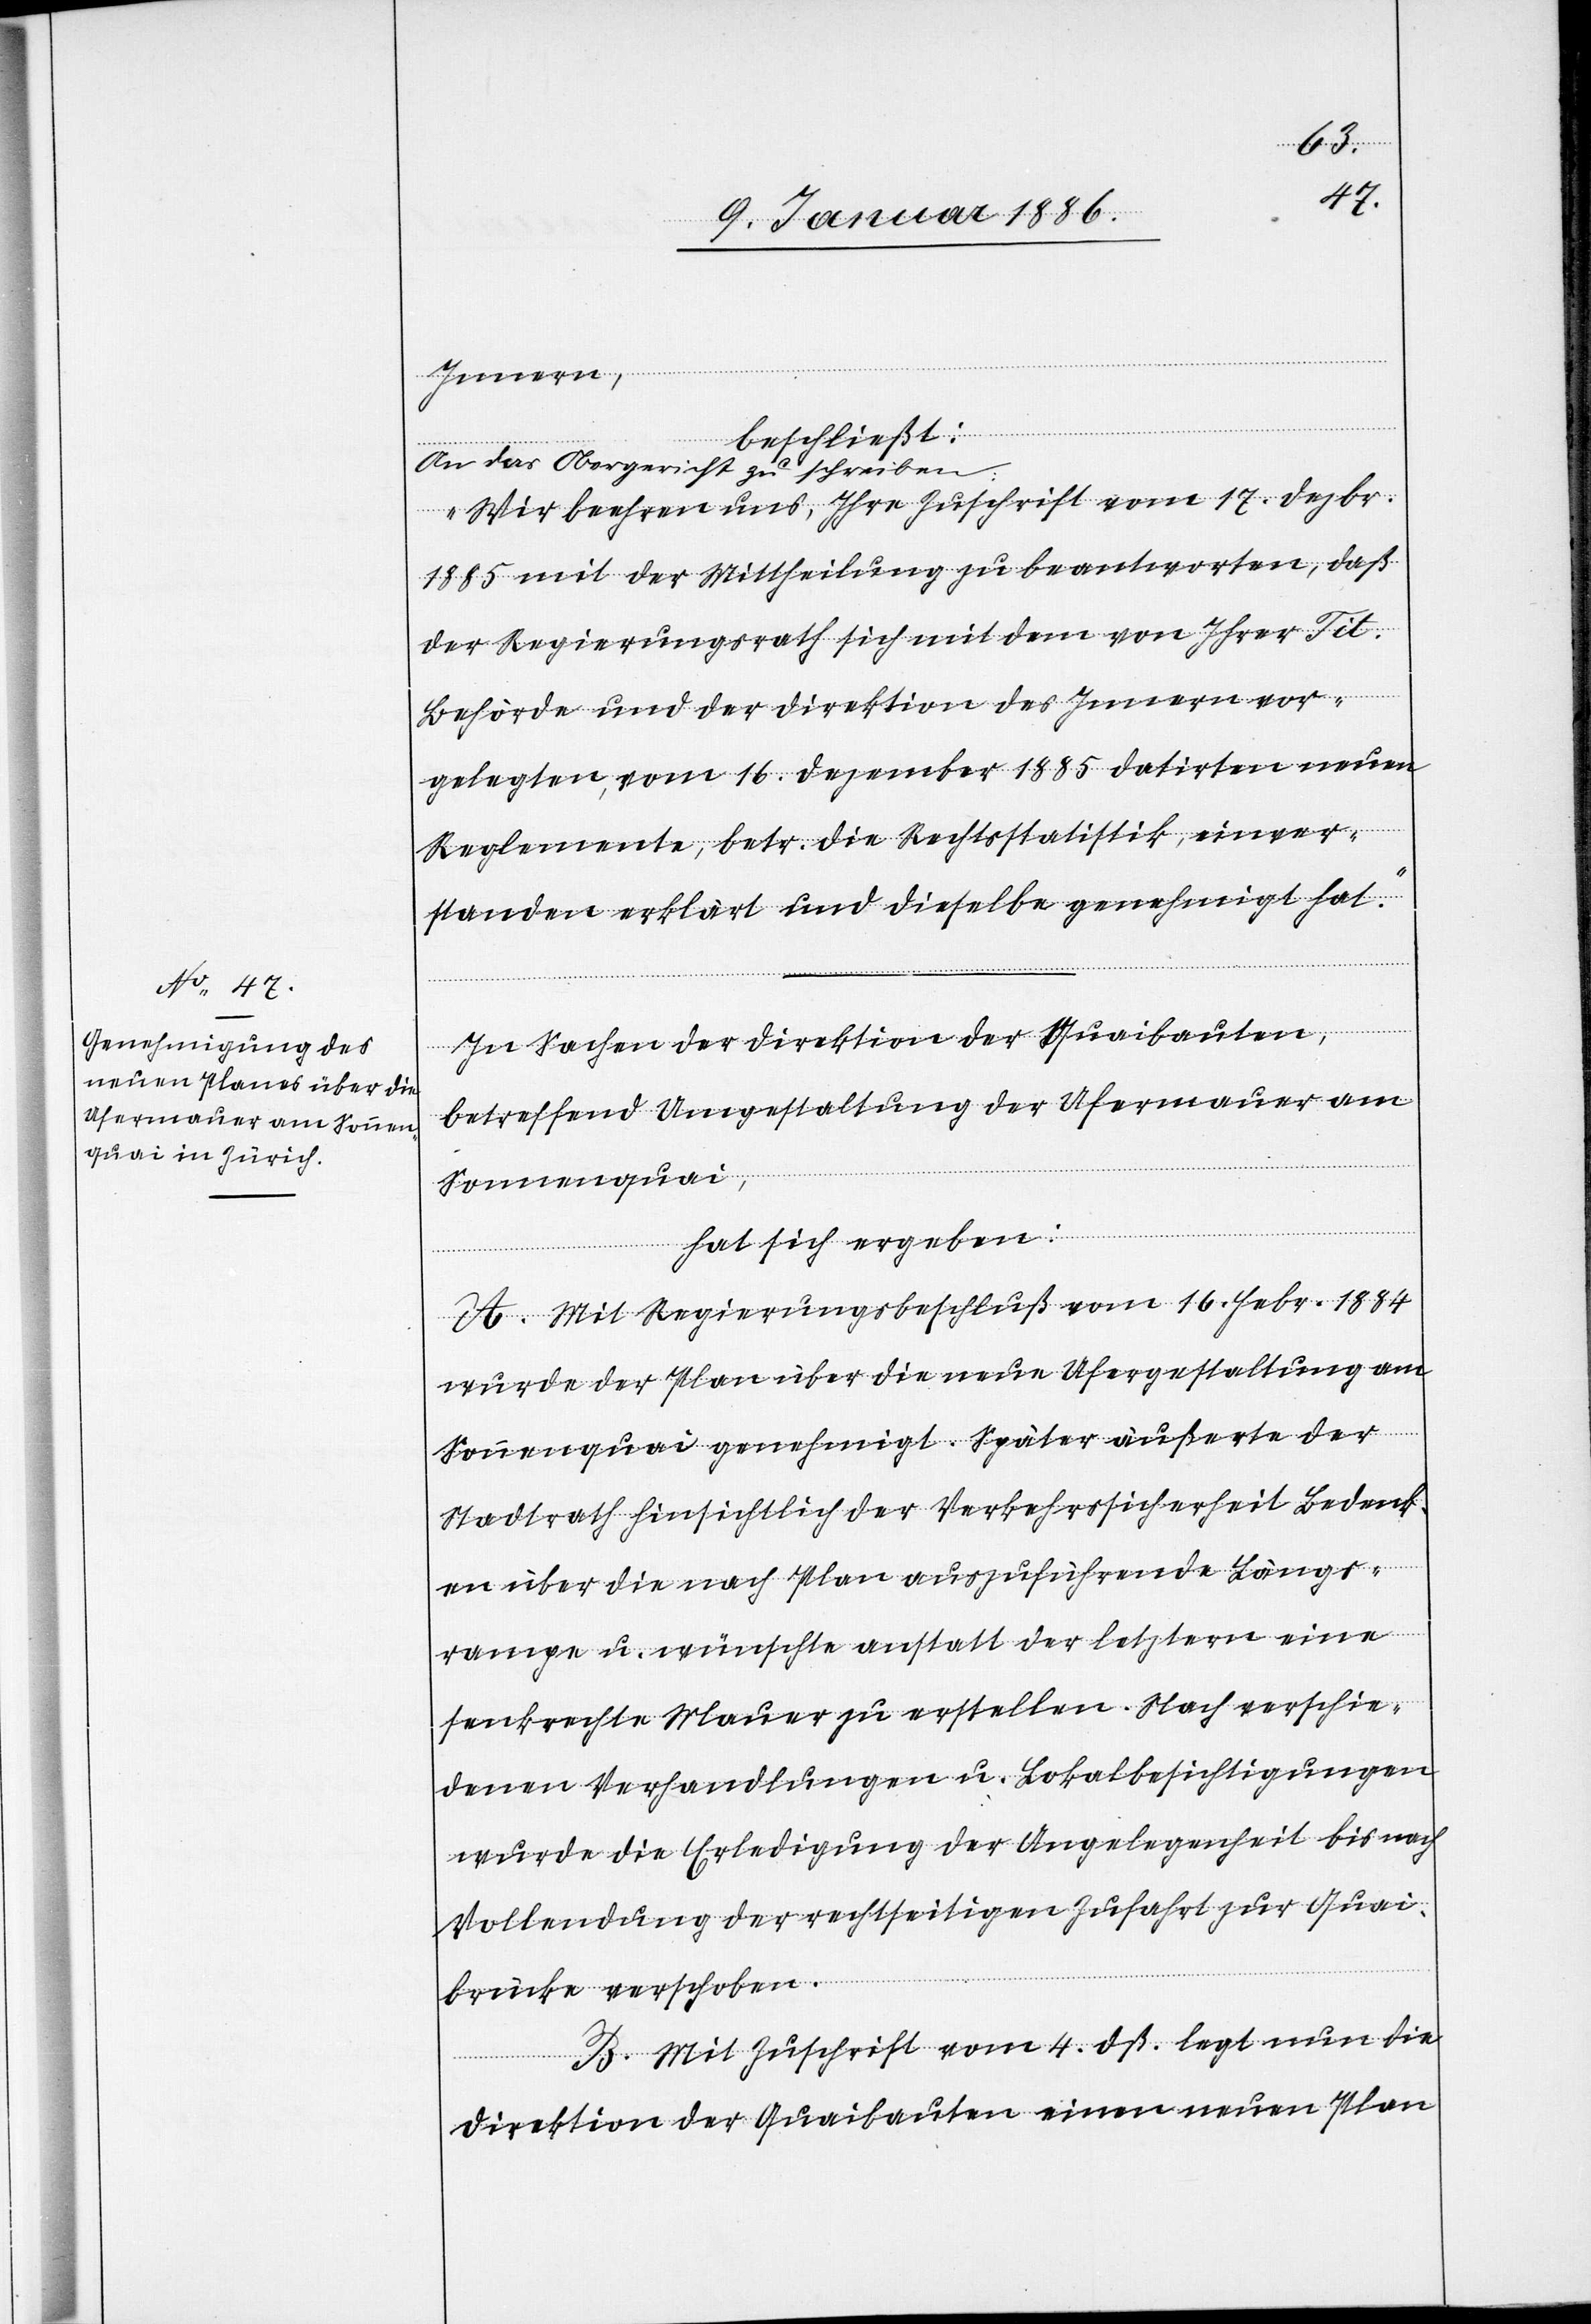
Innern,
beschließt:
a-An das Obergericht zu schreiben:-a
„Wir beehren uns, Ihre Zuschrift vom 17. Dezbr.
1885 mit der Mittheilung zu beantworten, daß
der Regierungsrath sich mit den von Ihrer Tit.
Behörde und der Direktion des Innern vor¬
gelegten, vom 16. Dezember 1885 datirten neuen
Reglemente, betr. die Rechtsstatistik, einver¬
standen erklärt und dieselbe genehmigt hat.“
In Sachen der Direktion der Quaibauten,
betreffend Umgestaltung der Ufermauer am
Sonnenquai,
hat sich ergeben:
A. Mit Regierungsbeschluß vom 16. Febr. 1884
wurde der Plan über die neue Ufergestaltung am
Sonnenquai genehmigt. Später äußerte der
Stadtrath hinsichtlich der Verkehrssicherheit Bedau¬
ern über die nach Plan auszuführenden Längs¬
rampen u. wünschte anstatt der letztern eine
senkrechte Mauer zu erstellen. Nach verschie¬
denen Verhandlungen u. Lokalbesichtigungen
wurde die Erledigung der Angelegenheit bis nach
Vollendung der rechtseitigen Zufahrt zur Quai¬
brücke verschoben.
B. Mit Zuschrift vom 4. dß. legt nun die
Direktion der Quaibrücken einen neuen Plan